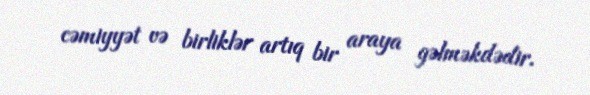
cəmiyyət və birliklər artıq bir araya gəlməkdədir.